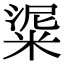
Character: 𥺜